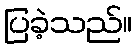
ပြခဲ့သည်။